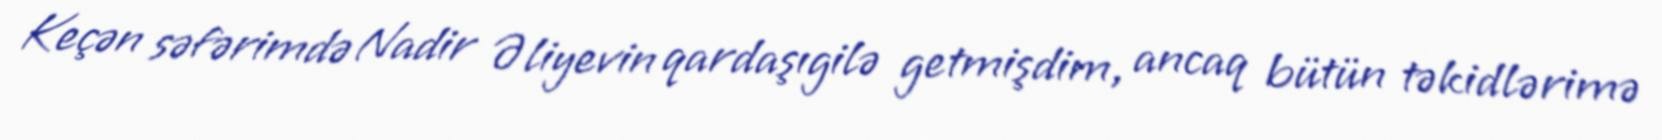
Keçən səfərimdə Nadir Əliyevin qardaşıgilə getmişdim, ancaq bütün təkidlərimə